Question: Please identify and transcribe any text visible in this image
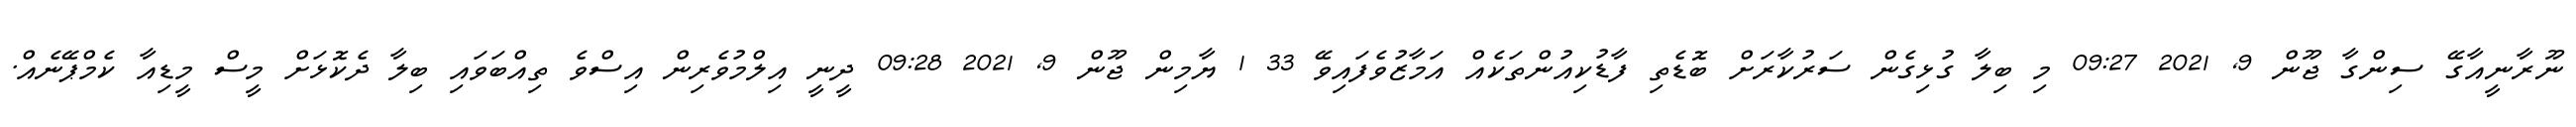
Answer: ނޫރާނީއާގޭ ސިންގާ ޖޫން 9, 2021 09:27 މި ބިލާ ގުޅިގެން ސަރުކާރަށް ބޮޑެތި ފާޑުކިއުންތަކެއް އަމާޒުވެފައިވޭ 33 1 ޔާމިން ޖޫން 9, 2021 09:28 ދީނީ އިލްމުވެރިން އިސްވެ ތިއްބަވައި ބިލާ ދެކޮޅަށް މީސް މީޑިއާ ކެމްޕޭނެއް.